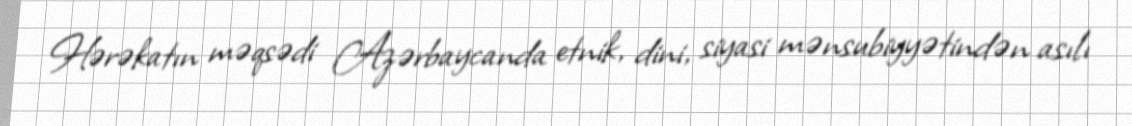
Hərəkatın məqsədi Azərbaycanda etnik, dini, siyasi mənsubiyyətindən asılı